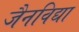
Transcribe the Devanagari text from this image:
जैनविद्या